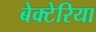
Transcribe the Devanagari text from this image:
बेक्टेरिया